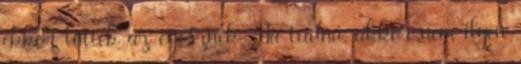
ekkor lőttek az egésznek. Ha tudná, akkor nem ilyen